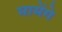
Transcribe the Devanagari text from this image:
मामेंगे